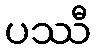
ပဿီ